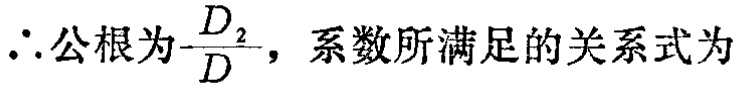
\(\therefore\)公根为\(-\frac{D_{2}^{2}}{D}\)，系数所满足的关系式为